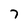
Character: 7